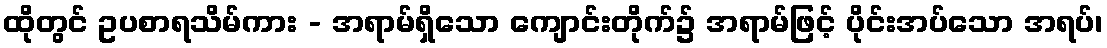
ထိုတွင် ဥပစာရသိမ်ကား - အရာမ်ရှိသော ကျောင်းတိုက်၌ အရာမ်ဖြင့် ပိုင်းအပ်သော အရပ်၊